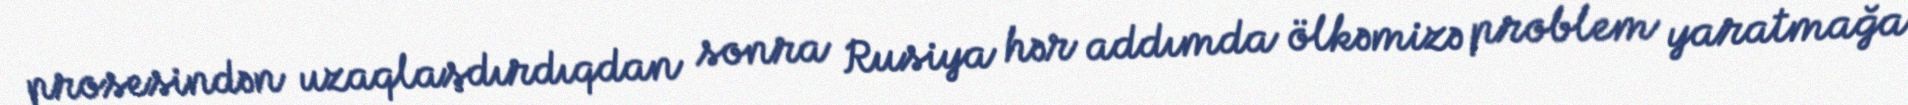
prosesindən uzaqlaşdırdıqdan sonra Rusiya hər addımda ölkəmizə problem yaratmağa